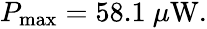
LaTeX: \begin{array}{r}{{P}_{\operatorname*{max}}=58.1~\mu\mathrm{W}.}\end{array}